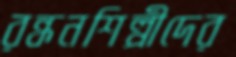
রন্ধনশিল্পীদের